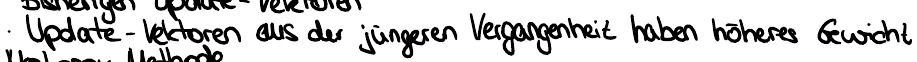
Update - Vektoren aus der jüngeren Vergangenheit haben höheres Gewicht